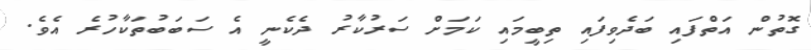
ގޮތުން އަތްފައި ބަދެވިފައި ތިބީމައި ކަމަށް ސަރުކާރު ދެކެނީ އެ ސަބަބުތަކާހުރެ އެވެ.